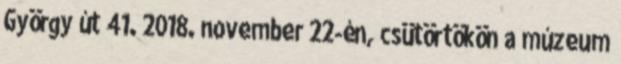
György út 41. 2018. november 22-én, csütörtökön a múzeum